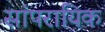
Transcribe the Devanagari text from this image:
सांपरायिक